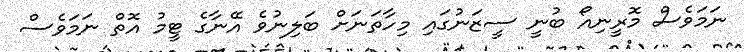
ނަމަވެސް މޮރީނިއޯ ބުނީ ސީޒަނުގައި މިހާތަނަށް ބަލިނުވެ އޭނާގެ ޓީމު އޮތް ނަމަވެސް